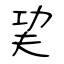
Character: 巭